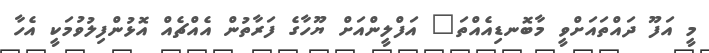
މީ އަފޫ ދައްތައަށްވީ މާބޮނޑިއެއްތަ" އަފްލީންއަށް ޔޫހާގެ ފަރާތުން އެއްޗެއް އޮޅުންފިލުވުމަކީ އެހާ